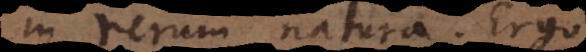
in rerum natura. Ergo